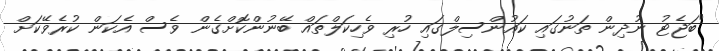
"ބަޖެޓު ނުދިން ތަނުގައި ކައުންސިލްގައި ހުރި ވެހިކަލްތައް ބޭނުންކޮށްގެން ވެސް އެކަން ކުރެވޭކަށް